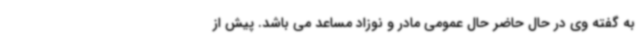
به گفته وی در حال حاضر حال عمومی مادر و نوزاد مساعد می باشد. پیش از